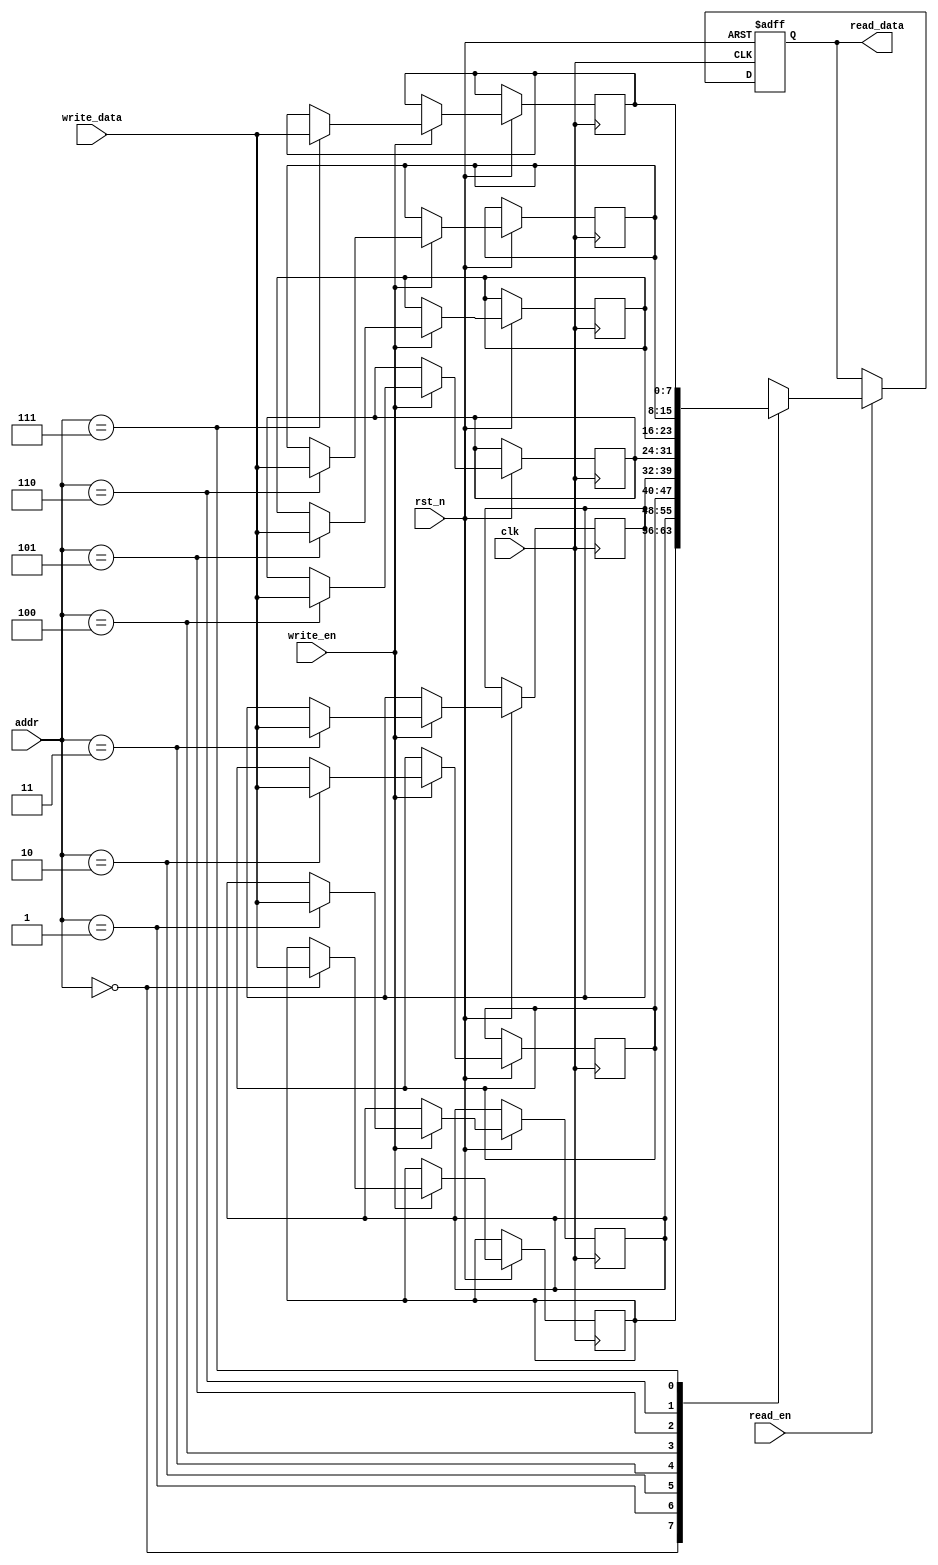
module low_power_sram #(
  parameter ADDR_WIDTH = 3,  // Number of address bits (2^ADDR_WIDTH = number of words)
  parameter DATA_WIDTH = 8,   // Number of bits per word
  parameter MEMORY_DEPTH = 1 << ADDR_WIDTH // Total number of words
)(
  input wire clk,
  input wire rst_n,
  input wire [ADDR_WIDTH-1:0] addr,
  input wire [DATA_WIDTH-1:0] write_data,
  input wire write_en,
  input wire read_en,
  output reg [DATA_WIDTH-1:0] read_data
);

  // Memory array declaration
  reg [DATA_WIDTH-1:0] mem [0:MEMORY_DEPTH-1];

  // Address decoder for selecting the row in the memory array
  wire [ADDR_WIDTH-1:0] row_addr;
  assign row_addr = addr[ADDR_WIDTH-1:0];

  // Control Logic
  always @(posedge clk or negedge rst_n) begin
    if (!rst_n) begin
      read_data <= 0;  // Reset read data
    end else begin
      // Write operation
      if (write_en) begin
        mem[row_addr] <= write_data;
      end

      // Read operation
      if (read_en) begin
        read_data <= mem[row_addr];
      end
    end
  end

  // Power management (simplified)
  always @(posedge clk or negedge rst_n) begin
    if (!rst_n) begin
      // Power management reset logic (if needed)
    end else begin
      // Implement clock gating or power gating logic as needed
      // For example, you might disable clock to certain sections based on control signals
    end
  end

endmodule